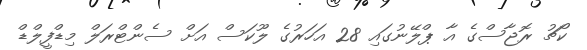
ކޯޗު ރޮޖާސްގެ އާ ޕްލޭނުގައި 28 އަހަރުގެ ލޫކަސް އަށް ސެންޓްރަލް މިޑްފީލްޑް